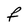
Character: F